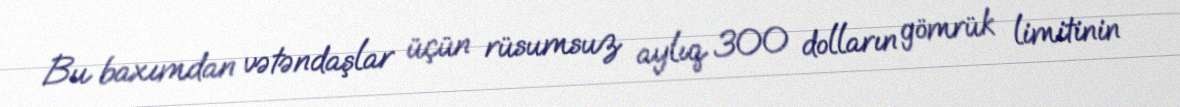
Bu baxımdan vətəndaşlar üçün rüsumsuz aylıq 300 dolların gömrük limitinin